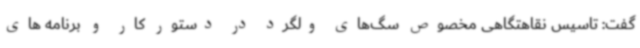
گفت: تاسیس نقاهتگاهی مخصوص سگ‌های ولگرد در دستور کار و برنامه های